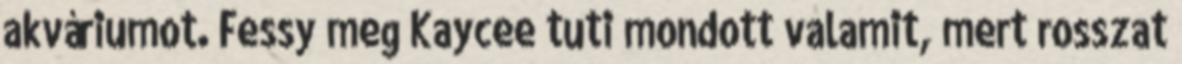
akváriumot. Fessy meg Kaycee tuti mondott valamit, mert rosszat